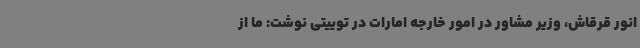
انور قرقاش، وزیر مشاور در امور خارجه امارات در توییتی نوشت: ما از